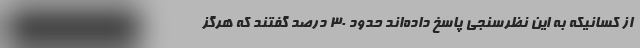
از کسانیکه به این نظرسنجی پاسخ داده‌اند حدود ۳۰ درصد گفتند که هرگز